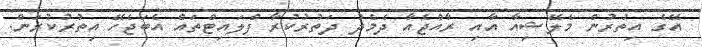
އޭގެ އިތުރުން މެލޭޝިއާ އާއި ރާއްޖެއާ ދެމެދު ދަތުރުކުރާ ފްލައިޓްތައް އެބަޖެހޭ އިތުރުކުރަން.